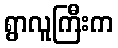
ရွာလူကြီးက